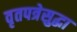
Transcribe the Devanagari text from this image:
वृतपत्रेसुद्धा